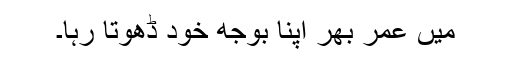
میں عمر بھر اپنا بوجھ خود ڈھوتا رہا۔